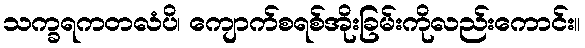
သက္ခရကတလံပိ၊ ကျောက်စရစ်အိုးခြမ်းကိုလည်းကောင်း။